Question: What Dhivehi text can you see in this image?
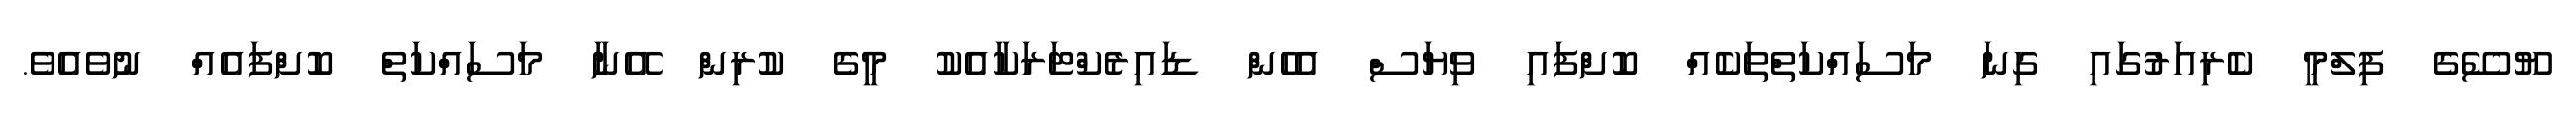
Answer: ޔޫސޭގެ ފިލްމީ ކެރިއަރުގައި ގިނަ މަސައްކަތްތަކެއް ކޮށްފައި ވިޔަސް އެހެން ޑައިރެކްޓަރަކާއެކު މީގެ ކުރިން އޭނާ މަސައްކަތް ކޮށްފައެއް ނުވެއެވެ.